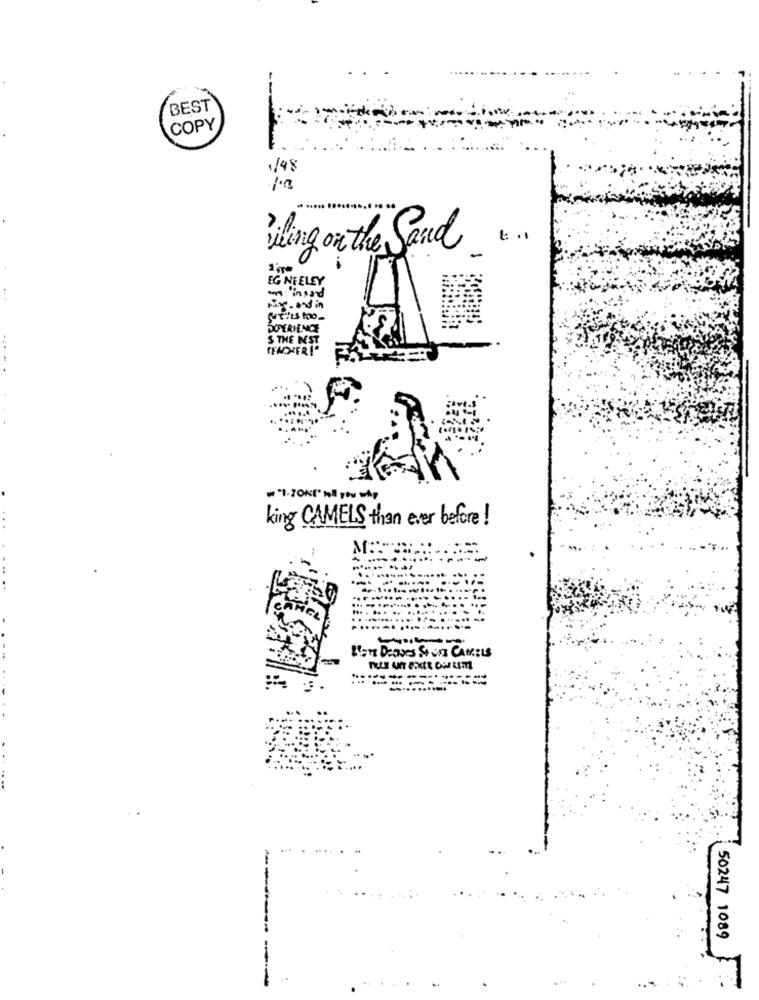
--
BEST
COPY
1/48
Wiling on the Sand ...
EG NEELEY
Nr. and in
DOPERIENCE
S THE NEST
TEACHER!
king CAMELS than ever before !
Af
Bom Deaves Ston CameLs
-..........
50247 1089